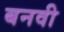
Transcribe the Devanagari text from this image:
बनवी